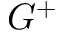
G ^ { + }